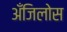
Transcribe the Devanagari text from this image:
अँजिलोस